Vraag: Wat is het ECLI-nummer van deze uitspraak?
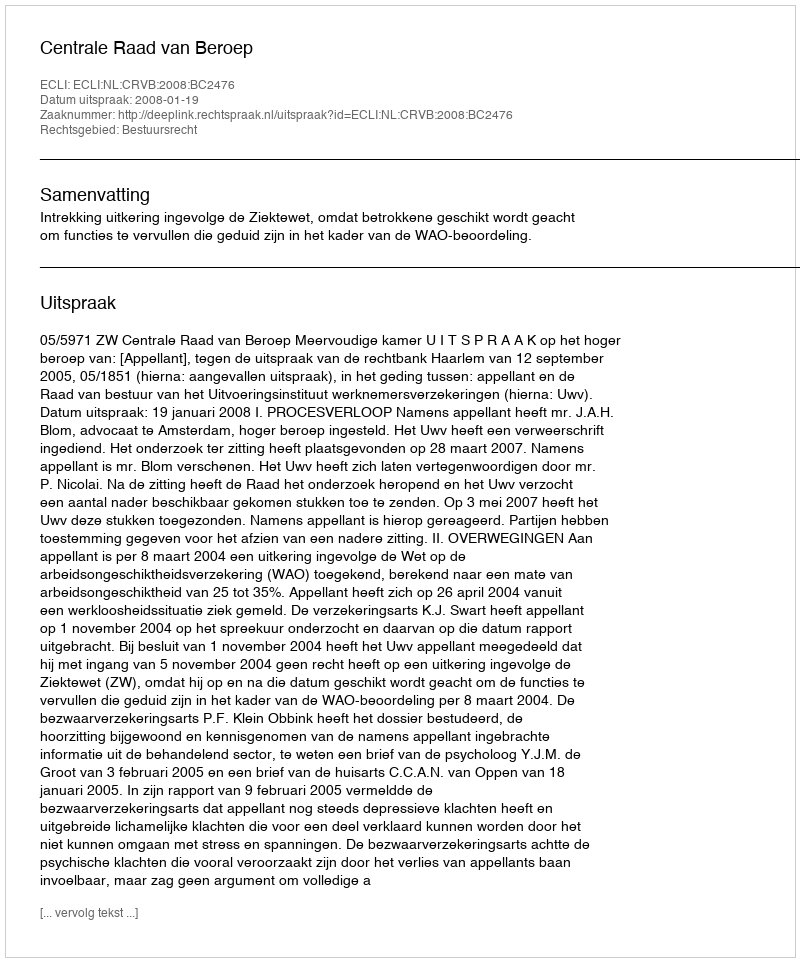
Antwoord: ECLI:NL:CRVB:2008:BC2476